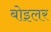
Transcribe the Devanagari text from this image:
बोइलर